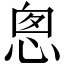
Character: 悤